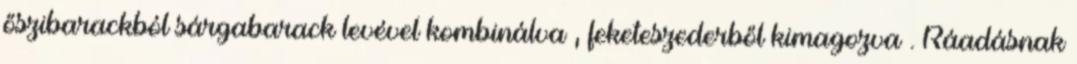
őszibarackból sárgabarack levével kombinálva , feketeszederből kimagozva . Ráadásnak